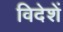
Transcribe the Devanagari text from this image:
विदेशें